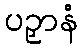
ပဉှာနံ